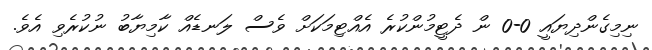
ނިމިގެންދިޔައީ 0-0 ން ދެޓީމުންކުރެ އެއްޓިމަކަށް ވެސް ލަނޑެއް ކާމިޔާބު ނުކުރެވި އެވެ.